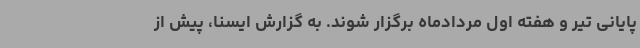
پایانی تیر و هفته اول مردادماه برگزار شوند. به گزارش ایسنا، پیش از